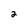
Character: 2